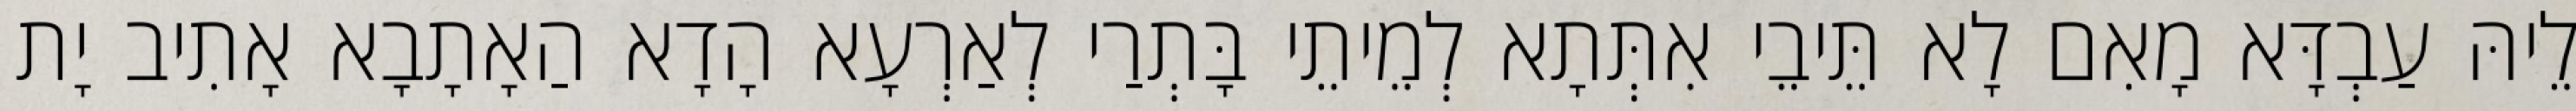
לֵיהּ עַבְדָּא מָאִם לָא תֵּיבֵי אִתְּתָא לְמֵיתֵי בָּתְרַי לְאַרְעָא הָדָא הַאָתָבָא אָתִיב יָת